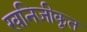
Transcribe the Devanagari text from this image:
खनिजीकृत